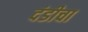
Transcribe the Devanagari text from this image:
दंडीचा